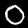
Label: 0